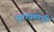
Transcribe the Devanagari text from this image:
भूतापमापी